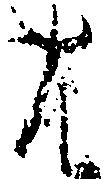
は